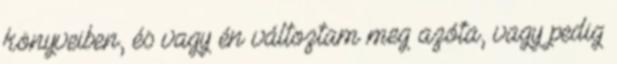
könyveiben, és vagy én változtam meg azóta, vagy pedig